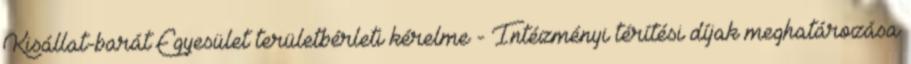
Kisállat-barát Egyesület területbérleti kérelme - Intézményi térítési díjak meghatározása